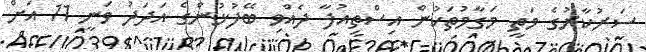
ސަރުކާރުގެ މަތީ މަގާމުތަކުން އިސްތިއުފާ ދެއްވި ބޭފުޅުންގެ އަދަދު ވަނީ 11 އަށް